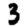
Digit: 3